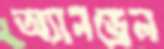
অ্যানড্রেল